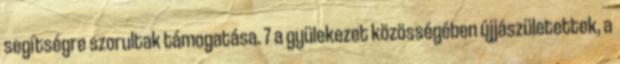
segítségre szorultak támogatása. 7 a gyülekezet közösségében újjászületettek, a